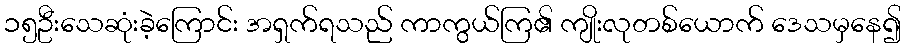
၁၅ဦးသေဆုံးခဲ့ကြောင်း အရှက်ရသည် ကာကွယ်ကြ၏ ကျိုးလုတစ်ယောက် ဒေသမှနေ၍